Sexual cycle of Leucocytozoon canis in the tick - Number 28
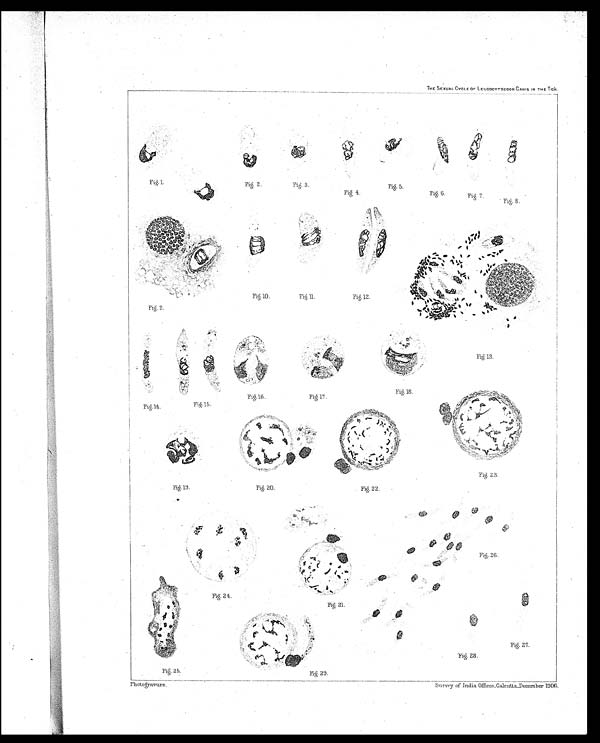
Fig. 1.
Fig. 2.
Fig. 3.
Fig 4.
Fig.. 5.
Fig. 6.
Fig. 7.
Fig. 8.
Fig. 9.
Fig. 10.
Fig. 11.
Fig.12.
Fig. 13.
Fig. 18.
Fig. 14.
Fig.16..
Fig. 17.
Fig. 20.
Fig. 22.
Fig. 26.
Fig. 24.
Fig. 21.
Fig. 25.
Fig. 29.
THE SEXUAL CYCLE OF LEUCOCYTOZOON CANIS IN THE TICK.
Fig 23.
Fig. 28.
Fig. 27.
Photogravure.
Survey of India Offices , Calcutta, December 1906.